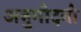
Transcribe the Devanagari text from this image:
अनुमोदनो